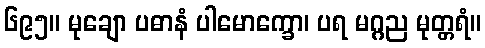
၆၉၅။ မုချော ပဓာနံ ပါမောက္ခော၊ ပရ မဂ္ဂည မုတ္တရံ။